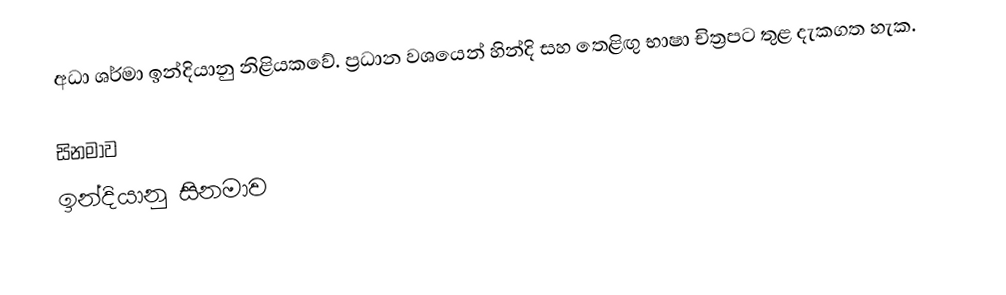
අධා ශර්මා ඉන්දියානු නිළියකවේ. ප්‍රධාන වශයෙන් හින්දි සහ තෙළිඟු භාෂා චිත්‍රපට තුළ දැකගත හැක.

සිනමාව
ඉන්දියානු සිනමාව